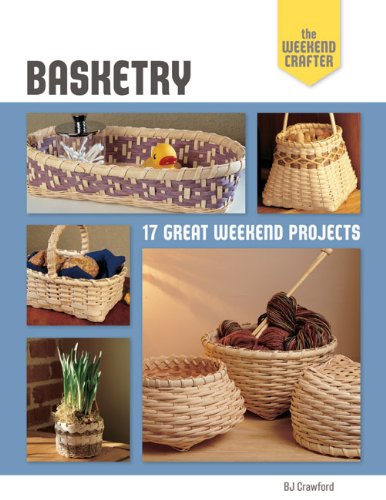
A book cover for The Weekend Crafter: Basketry: 17 Great Weekend Projects; BJ Crawford; Crafts, Hobbies & Home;